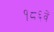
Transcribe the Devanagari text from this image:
१८६वें